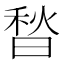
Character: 𰨮